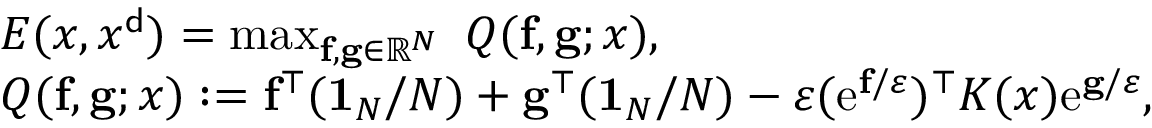
\begin{array} { r l } & { E ( x , x ^ { \sf d } ) = \operatorname* { m a x } _ { { \bf f } , { \bf g } \in { \mathbb R } ^ { N } } \ Q ( { \bf f } , { \bf g } ; x ) , } \\ & { Q ( { \bf f } , { \bf g } ; x ) : = { \bf f } ^ { \top } ( { \bf 1 } _ { N } / N ) + { \bf g } ^ { \top } ( { \bf 1 } _ { N } / N ) - \varepsilon ( \mathrm { e } ^ { { \bf f } / \varepsilon } ) ^ { \top } { \boldsymbol K } ( x ) \mathrm { e } ^ { { \bf g } / \varepsilon } , } \end{array}